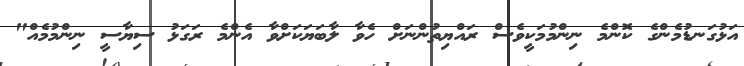
އަޅުގަނޑުމެންގެ ކޮންމެ ނިންމުމަކީވެސް ރައްޔިތުންނަށް ހެވާ ލާބަޔަކަށްވާ އެންމެ ރަގަޅު ސިޔާސީ ނިންމުމެއް"